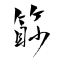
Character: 篎